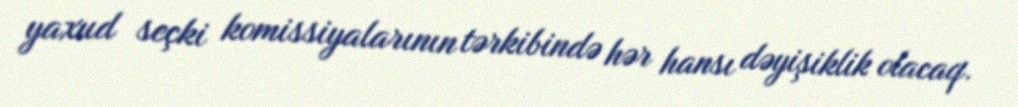
yaxud seçki komissiyalarının tərkibində hər hansı dəyişiklik olacaq.